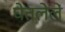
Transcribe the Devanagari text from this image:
घेतलेलें